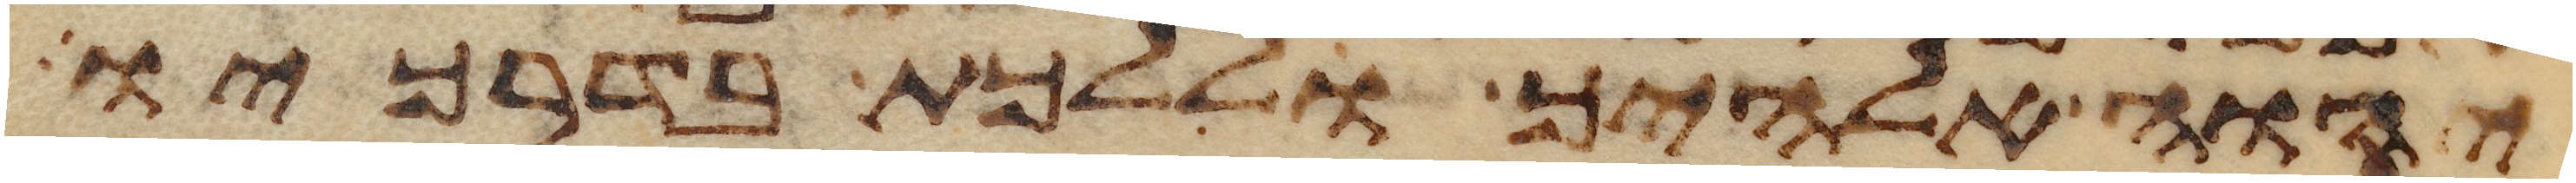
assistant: יהוה אלהיך וללכת בדרכיו